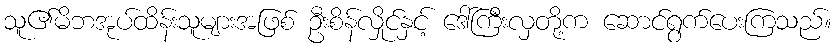
သူ၏မိဘအုပ်ထိန်းသူများအဖြစ် ဦးစိန်လှိုင်နှင့် ဒေါ်ကြီးလှတို့က ဆောင်ရွက်ပေးကြသည်။